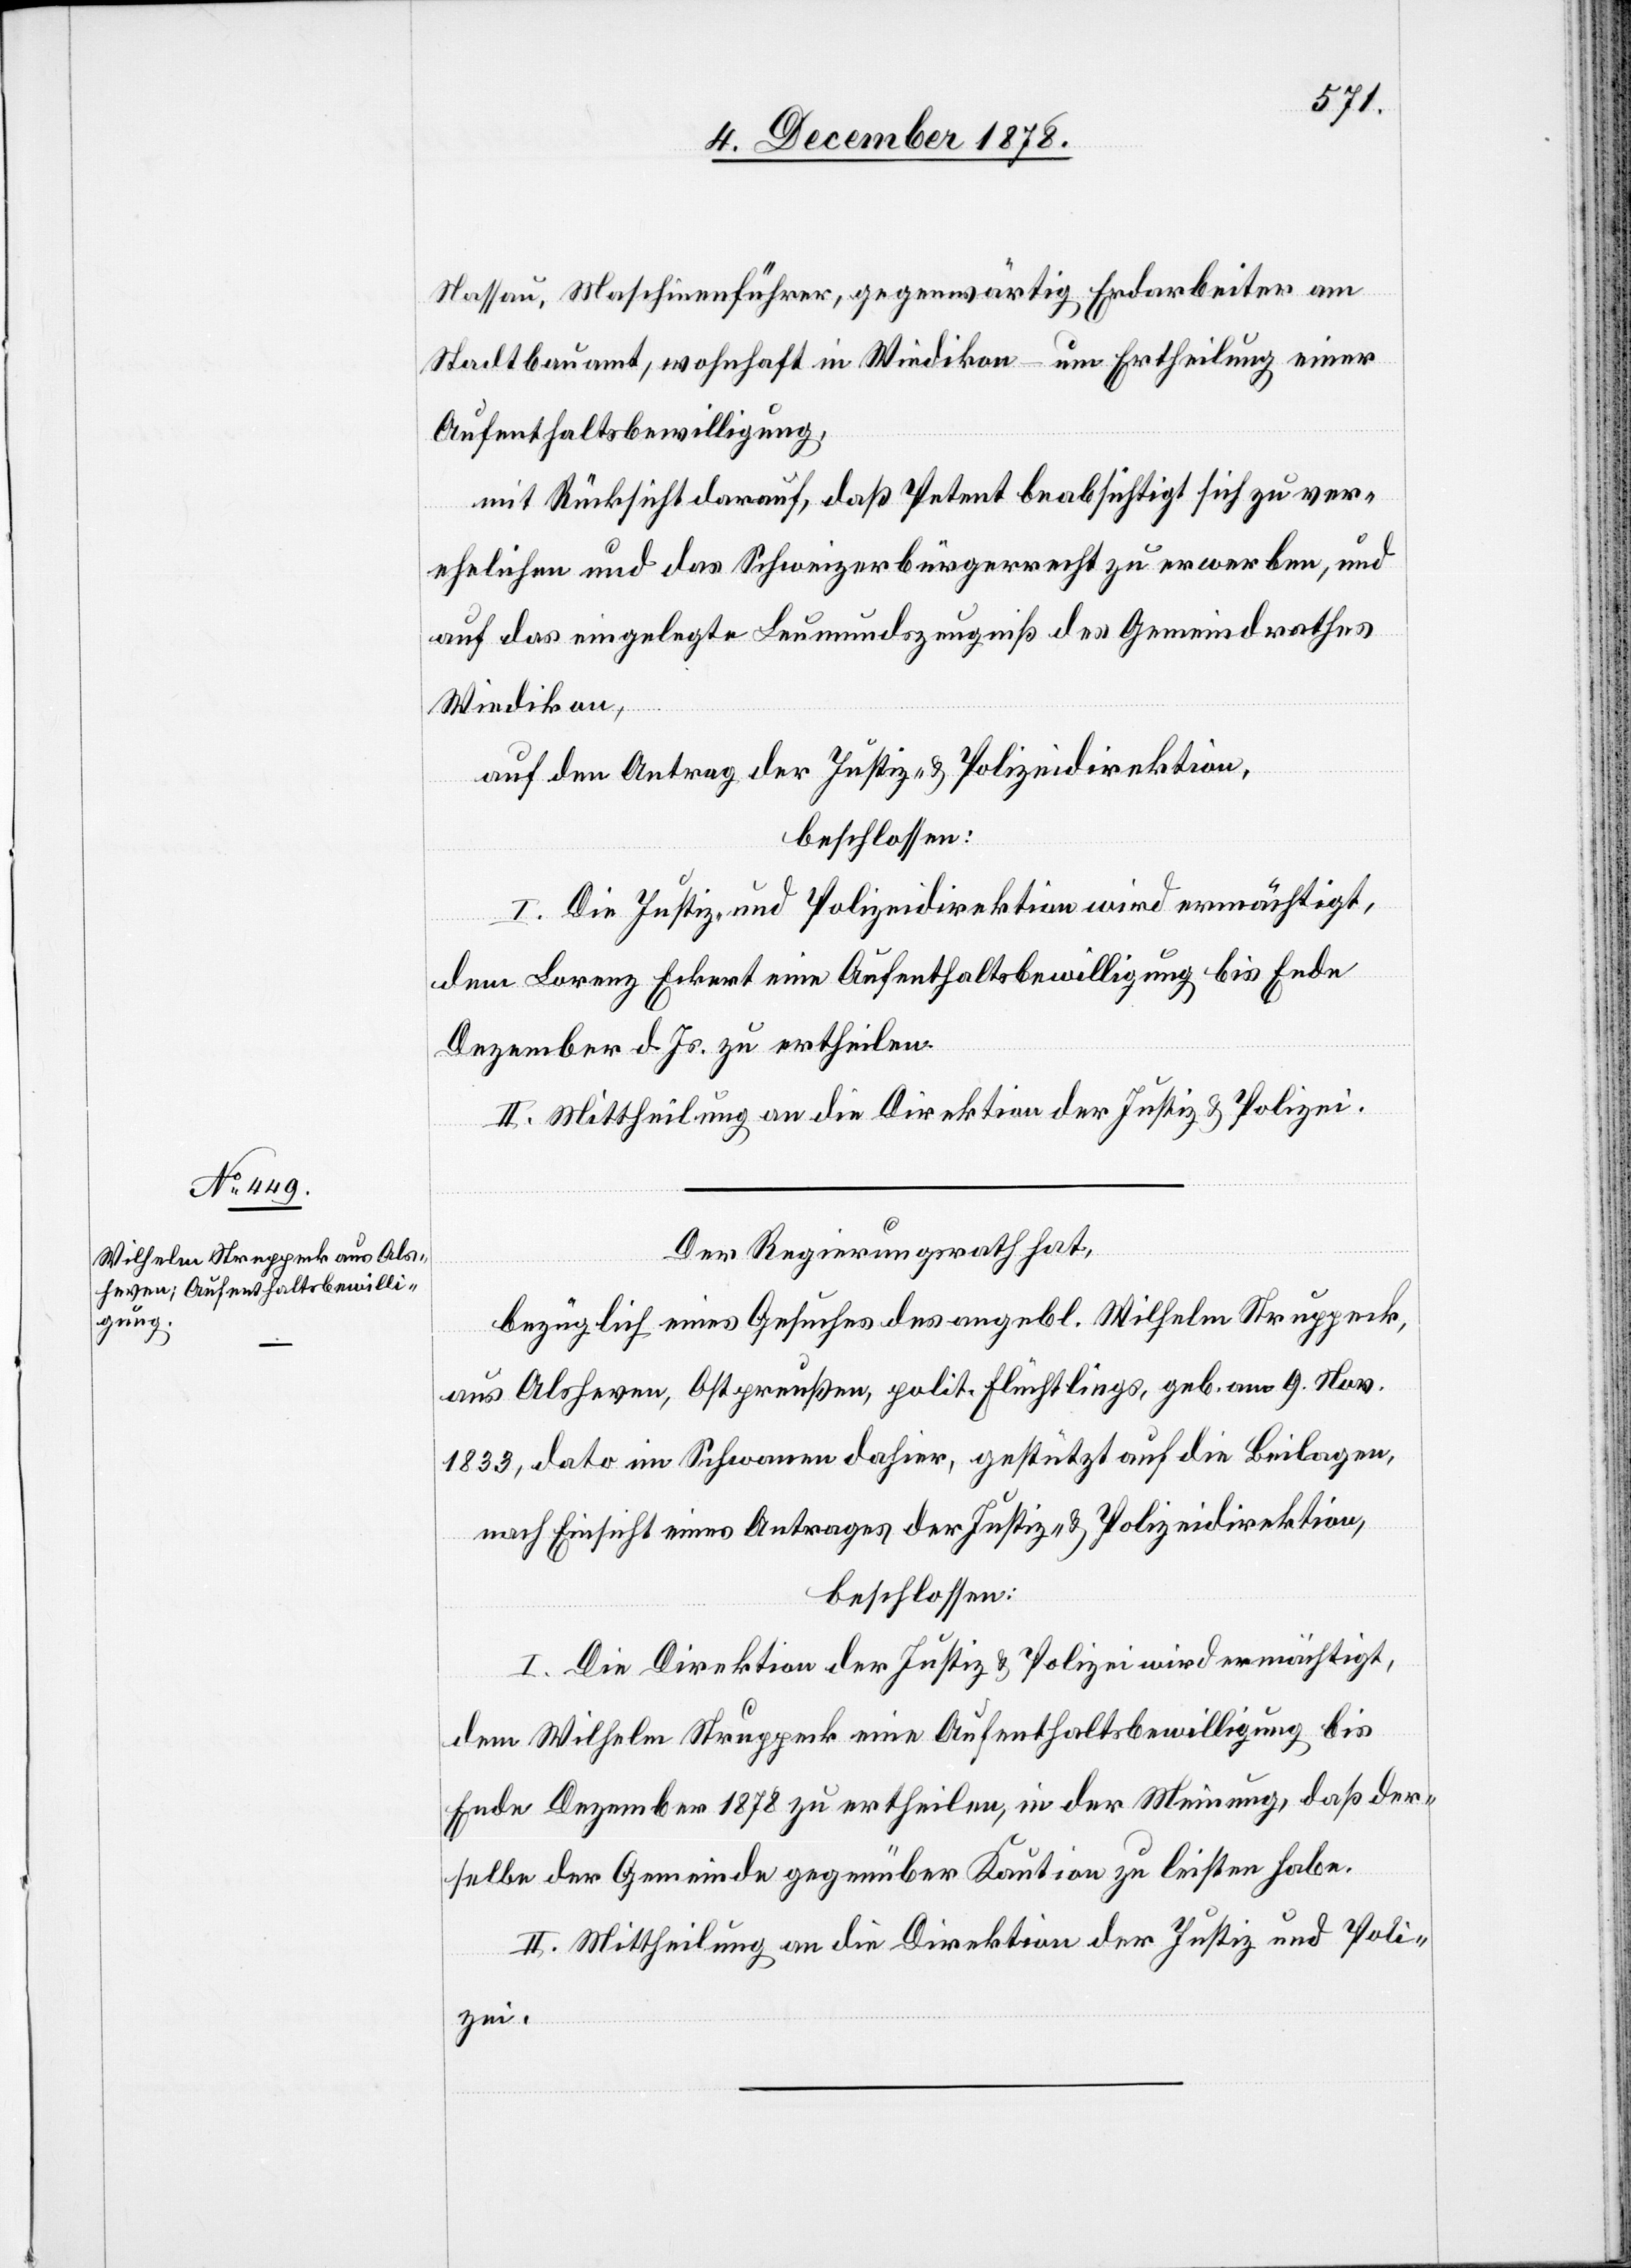
Nassau, Maschinenführer, gegenwärtig Erdarbeiter am
Stadtbauamt, wohnhaft in Wiedikon – um Ertheilung einer
Aufenthaltbewilligung,
mit Rücksicht darauf, daß Petent beabsichtigt sich zu ver¬
ehelichen und das Schweizerbürgerrecht zu erwerben, und
auf das eingelegte Leumundszeugniß des Gemeindrathes
Wiedikon,
auf den Antrag der Justiz- & Polizeidirektion,
beschlossen:
I. Die Justiz- und Polizeidirektion wird ermächtigt,
dem Lorenz Eckert eine Aufenthaltsbewilligung bis Ende
Dezember d. Js. zu ertheilen.
II. Mittheilung an die Direktion der Justiz & Polizei.
Der Regierungsrath hat,
bezüglich eines Gesuches des angebl. Wilhelm Struppeck
aus Alsheven, Ostpreußen, polit. Flüchtling, geb. am 9. Nov.
1833, dato in Schwanen dahier, gestützt auf die Beilagen,
nach Einsicht eines Antrages der Justiz- & Polizeidirektion,
beschlossen:
I. Die Direktion der Justiz & Polizei wird ermächtigt,
dem Wilhelm Struppeck eine Aufenthaltsbewilligung bis
Ende Dezember 1878 zu ertheilen, in der Meinung, daß der¬
selbe der Gemeinde gegenüber Kaution zu leisten habe.
II. Mittheilung an die Direktion der Justiz und Poli¬
zei.